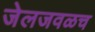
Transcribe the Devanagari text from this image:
जेलजवळच